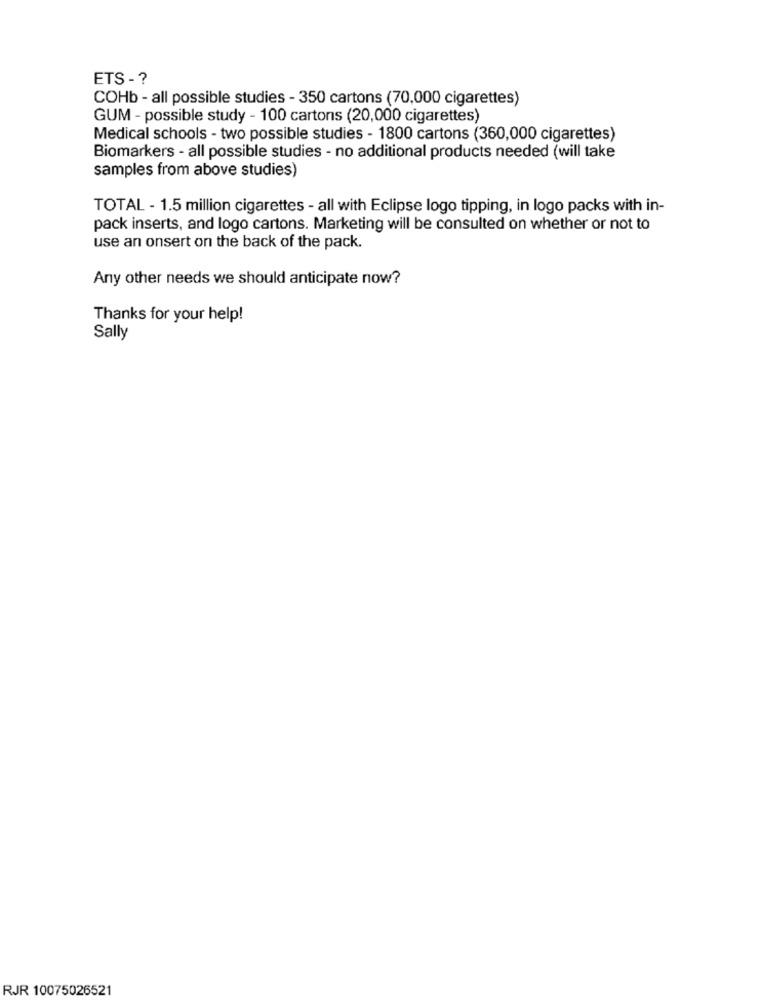
ETS - ?
COHb - all possible studies - 350 cartons (70,000 cigarettes)
GUM - possible study - 100 cartons (20,000 cigarettes)
Medical schools - two possible studies - 1800 cartons (360,000 cigarettes)
Biomarkers - all possible studies - no additional products needed (will take
samples from above studies)
TOTAL - 1.5 million cigarettes - all with Eclipse logo tipping, in logo packs with in-
pack inserts, and logo cartons. Marketing will be consulted on whether or not to
use an onsert on the back of the pack.
Any other needs we should anticipate now?
Thanks for your help!
Sally
RJR 10075026521